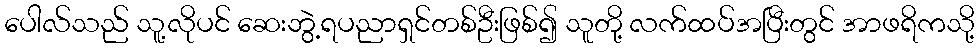
ပေါလ်သည် သူ့လိုပင် ဆေးဘွဲ့ရပညာရှင်တစ်ဦးဖြစ်၍ သူတို့ လက်ထပ်အပြီးတွင် အာဖရိကသို့